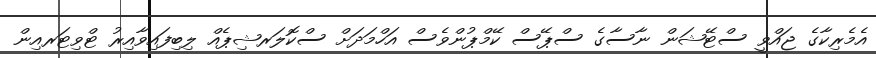
އެމެރިކާގެ ޖައްވީ ސްޓޭޝަން ނާސާގެ ސްޕޭސް ކޭމްޕުންވެސް އަހްމަދަށް ސްކޮލަރޝިޕެއް ލިބިފައިވާއިރު ޓްވިޓަރއިން